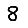
Digit: 8